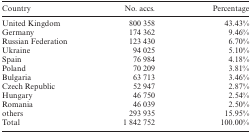
<table><thead><tr><td><b>Country</b></td><td><b>No. accs.</b></td><td><b>Percentage</b></td></tr></thead><tbody><tr><td>United Kingdom</td><td>800 358</td><td>43.43%</td></tr><tr><td>Germany</td><td>174 362</td><td>9.46%</td></tr><tr><td>Russian Federation</td><td>123 430</td><td>6.70%</td></tr><tr><td>Ukraine</td><td>94 025</td><td>5.10%</td></tr><tr><td>Spain</td><td>76 984</td><td>4.18%</td></tr><tr><td>Poland</td><td>70 209</td><td>3.81%</td></tr><tr><td>Bulgaria</td><td>63 713</td><td>3.46%</td></tr><tr><td>Czech Republic</td><td>52 947</td><td>2.87%</td></tr><tr><td>Hungary</td><td>46 750</td><td>2.54%</td></tr><tr><td>Romania</td><td>46 039</td><td>2.50%</td></tr><tr><td>others</td><td>293 935</td><td>15.95%</td></tr><tr><td>Total</td><td>1 842 752</td><td>100.00%</td></tr></tbody></table>